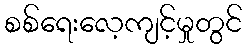
စစ်ရေးလေ့ကျင့်မှုတွင်